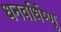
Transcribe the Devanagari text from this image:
धनवर्धिष्णु